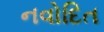
નવોદિત